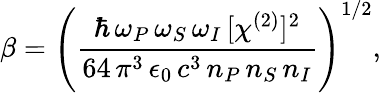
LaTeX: \beta=\left(\frac{\hbar\, \omega_{P}\, \omega_{S}\, \omega_{I}\, [\chi^{(2)}]^{2}}{64\, \pi^{3}\, \epsilon_{0}\, c^{3}\, n_{P}\, n_{S}\, n_{I}}\right)^{1/2},